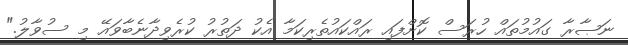
ނަޞާރާ ގައުމުތައް ހުރަސް ކޮށްފައި ރައްކައުތެރިކަމާ އެކު ދަތުރު ކުރެވިދާނެބާވައޭ މި ސުވާލު."